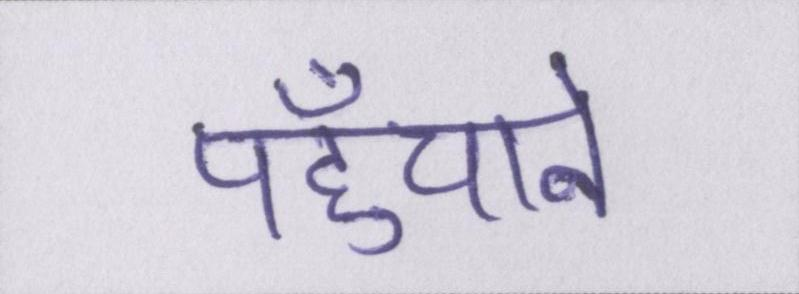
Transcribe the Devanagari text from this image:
पहुँचाने